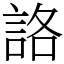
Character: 詻